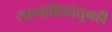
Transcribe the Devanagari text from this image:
साप्ताहिकांतूनही